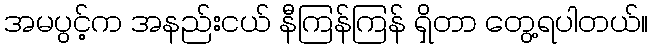
အမပွင့်က အနည်းငယ် နီကြန်ကြန် ရှိတာ တွေ့ရပါတယ်။